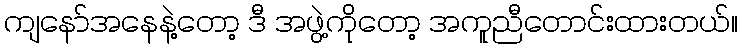
ကျနော်အနေနဲ့တော့ ဒီ အဖွဲ့ကိုတော့ အကူညီတောင်းထားတယ်။